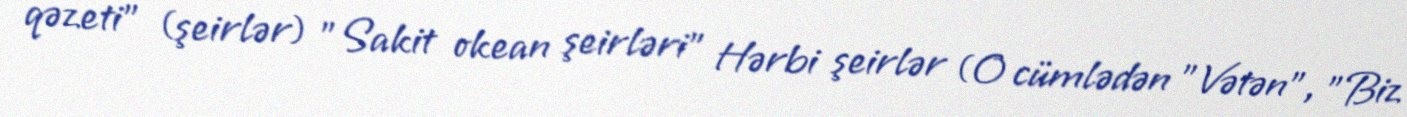
qəzeti" (şeirlər) "Sakit okean şeirləri" Hərbi şeirlər (O cümlədən "Vətən", "Biz